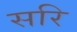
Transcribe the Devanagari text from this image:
सरि